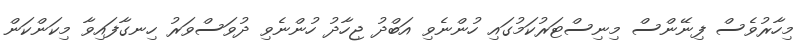
މިހާރުވެސް ފިނޭންސް މިނިސްޓަރުކަމުގައި ހުންނެވި އަބްދު ޖިހާދު ހުންނެވި ދުވަސްވަރު ހިނގާފައިވާ މިކަންކަން